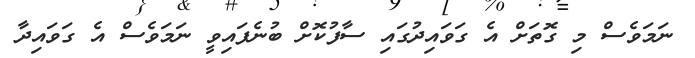
ނަމަވެސް މި ގޮތަށް އެ ގަވައިދުގައި ސާފުކޮށް ބުނެފައިވީ ނަމަވެސް އެ ގަވައިދާ